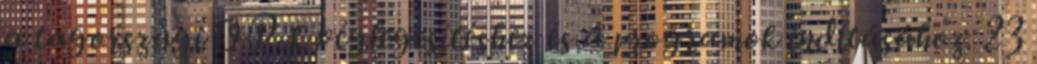
a tagországi OP-k véglegesítéshez és a programok indításához. 23